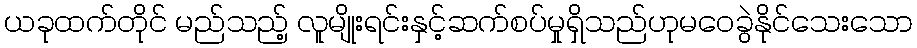
ယခုထက်တိုင် မည်သည့် လူမျိုးရင်းနှင့်ဆက်စပ်မှုရှိသည်ဟုမဝေခွဲနိုင်သေးသော